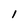
Character: l